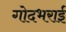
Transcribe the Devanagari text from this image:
गोदभराई